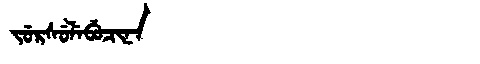
Manchu: ᠵᡠᡵᠰᡠᠯᡝᠪᡠᠴᡳᠨᠠ
Romanization: JURSULEBUCINA